Report on sanitation, dispensaries, and jails in Rajputana for 1917, and on vaccination for the year 1917-1918 - 1917-1918
Year: 1917
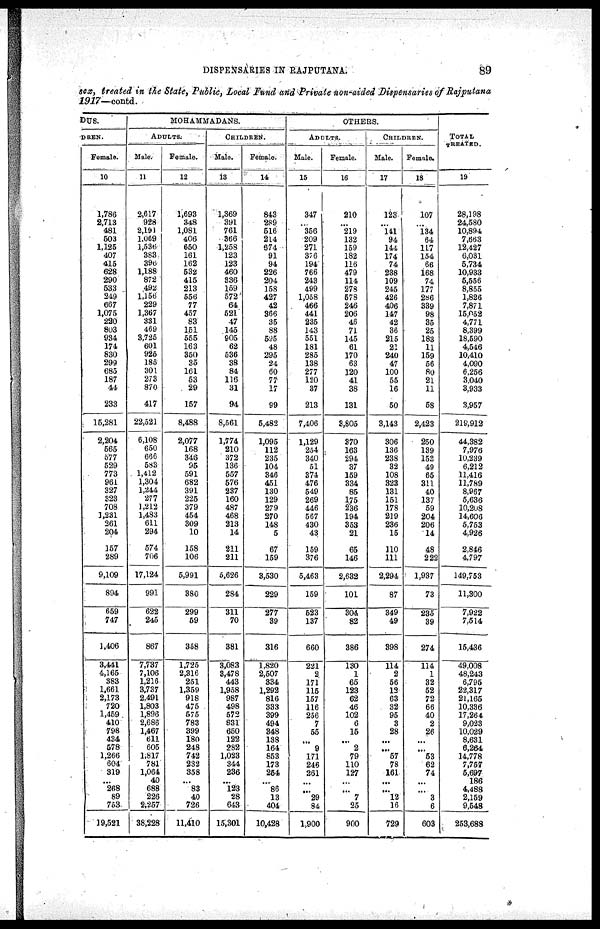
DISPENSARIES IN RAJPUTANA.
89
sex, treated in the State, Public, Local Fund and Private non-aided Dispensaries of Rajputana
1917—contd.
DUS.
DREN.
Female.
10
1,786
2,713
481
503
1,125
407
415
628
290
633
249
667
1,075
220
803
934
174
830
299
685
187
44
233
15,281
2,204
565
577
529
773
961
327
323
708
3,231
261
204
157
289
9,109
894
659
747
1,406
3,441
4,165
383
1,661
2,173
720
1,459
410
798
434
678
1,266
604
319
...
268
89
763
19,521
MOHAMMADANS.
ADULTS.
Male.
11
2,617
928
2,191
1,069
1,536
383
396
1,188
872
492
1,156
229
1,367
331
469
3,725
601
925
185
301
273
870
417
22,521
6,108
650
666
583
1,412
1,304
1,244
277
1,212
1,483
611
294
574
706
17,124
991
622
245
867
7,737
7,106
1,216
3,737
2,491
1,803
1,896
2,686
1,467
611
605
1,817
781
1,064
40
688
226
2,257
38,228
Female.
12
1,693
348
1,081
406
650
161
162
532
415
213
556
77
457
83
161
555
163
350
35
161
53
29
157
8,488
2,077
168
346
95
591
682
391
225
379
454
309
10
158
106
5,991
380
299
69
358
1,725
2,316
251
1,359
918
475
575
783
399
180
248
742
232
358
...
83
40
726
11,410
CHILDREN.
Male.
13
1,369
391
761
366
1,258
123
123
460
336
159
572
64
521
47
145
905
62
536
38
84
116
31
94
8,561
1,774
210
372
136
557
576
237
160
487
468
213
14
211
211
5,626
284
311
70
381
3,083
8,478
443
1,958
987
498
572
831
650
122
282
1,023
344
236
...
123
28
643
15,301
Female.
14
843
289
516
214
674
91
94
226
204
158
427
42
366
35
88
525
48
295
24
60
77
17
99
5,482
1,095
112
235
104
346
451
130
129
279
270
148
5
67
159
3,530
229
277
39
316
1,820
2,507
334
1,292
816
333
399
494
848
138
164
853
173
254
...
86
13
404
10,428
OTHERS.
ADULTS.
Male.
15
347
...
356
209
271
376
194
766
243
499
1,058
466
441
235
143
551
181
285
138
277
120
37
213
7,406
1,129
254
340
51
374
476
549
269
446
567
430
43
159
376
5,463
159
523
137
660
221
2
171
115
157
116
256
7
66
...
9
171
246
261
...
...
29
84
1,900
Female.
16
210
...
219
132
159
182
116
479
114
278
578
246
206
46
71
145
61
170
63
120
41
38
131
3,805
370
163
294
37
159
334
85
175
236
194
353
21
65
146
2,632
101
304
82
386
130
1
65
123
62
46
102
6
15
...
2
79
110
127
...
...
7
25
900
CHILDREN.
Male.
17
123
...
141
94
144
174
74
238
109
245
426
406
147
42
36
215
21
240
47
100
55
16
50
3,143
306
136
238
32
108
323
131
151
178
219
236
15
110
111
2,294
87
349
49
398
114
2
56
12
63
32
96
3
28
...
...
57
78
161
...
...
12
16
729
Female.
18
107
...
134
64
117
154
66
168
74
177
286
339
98
35
25
183
11
159
56
80
21
11
58
2,423
250
139
153
49
65
311
40
137
59
204
206
14
48
222
1,937
73
285
39
274
114
1
32
62
72
66
40
2
26
...
...
53
62
74
...
...
3
6
603
TOTAL
TREATED.
19
28,198
24,580
10,894
7,663
12,427
6,031
5,734
10,933
5,556
8,855
1,826
7,871
15,052
4,771
8,399
18,590
4,546
10,410
4,090
6,256
3,040
3,933
3,957
219,912
44,382
7,976
10,239
6,212
11,416
11,789
8,967
5,636
10,208
14,606
5,753
4,926
2,846
4,797
149,753
11,800
7,922
7,514
15,436
49,008
48,243
6,796
22,317
21,165
10,336
17,264
9,023
10,029
8,631
6,264
14,778
7,757
5,697
186
4,488
2,159
9,548
253,688